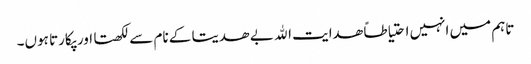
تاہم میں انہیں احتیاطاً ھدایت الله بے ھدیتا کے نام سے لکھتا اور پکارتا ہوں۔